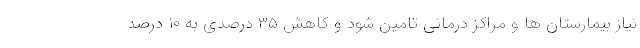
نیاز بیمارستان ها و مراکز درمانی تامین شود و کاهش ۳۵ درصدی به ۱۰ درصد